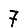
Digit: 7